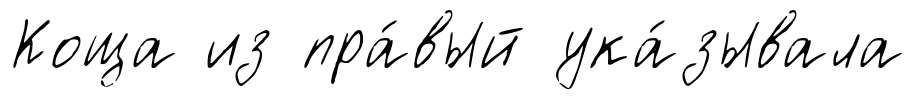
Коща из пра́вый ука́зывала